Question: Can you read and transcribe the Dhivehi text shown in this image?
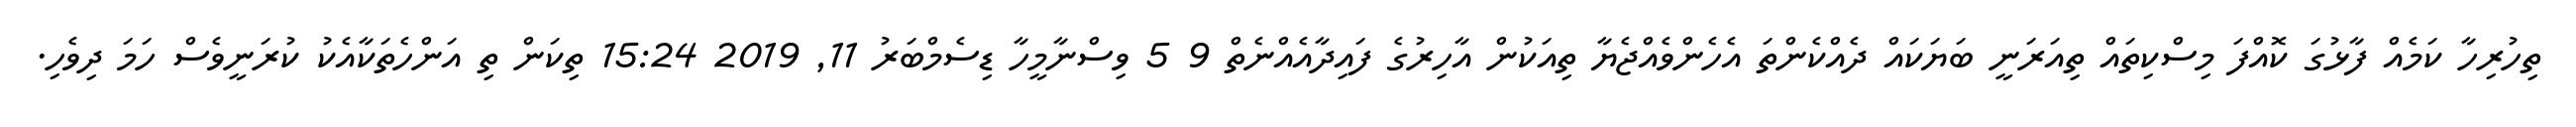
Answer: ތިހުރިހާ ކަމެއް ފާޅުގަ ކޮއްފަ މިސްކިތައް ތިއަރަނީ ބަޔަކައް ދެއްކެންތަ އެހެންވެއްޖެޔާ ތިއަކުން އާހިރުގެ ފައިދާއެއްނެތް 9 5 ވިސްނާމީހާ ޑިސެމްބަރު 11, 2019 15:24 ތިކަން ތި އަންހެތަކާއެކު ކުރަނީވެސް ހަމަ ދިވެހި.